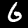
Label: 6